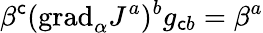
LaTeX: \beta^{\mathsf{c}}(\mathrm{{grad}}_{\alpha}J^{a})^{b}g_{\mathsf{c}b}=\beta^{a}